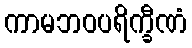
ကာမဘဝပရိက္ခီဏံ